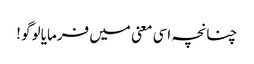
چنانچہ اسی معنی میں فرمایا لوگو !